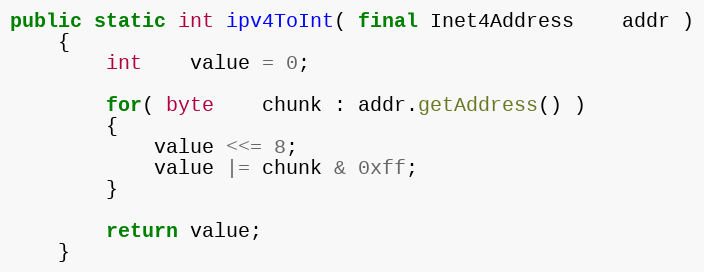
Language: Java
public static int ipv4ToInt( final Inet4Address    addr )
    {
        int    value = 0;

        for( byte    chunk : addr.getAddress() )
        {
            value <<= 8;
            value |= chunk & 0xff;
        }

        return value;
    }